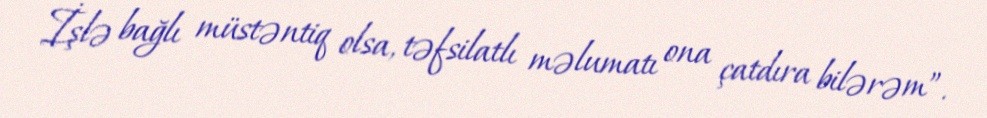
İşlə bağlı müstəntiq olsa, təfsilatlı məlumatı ona çatdıra bilərəm”.